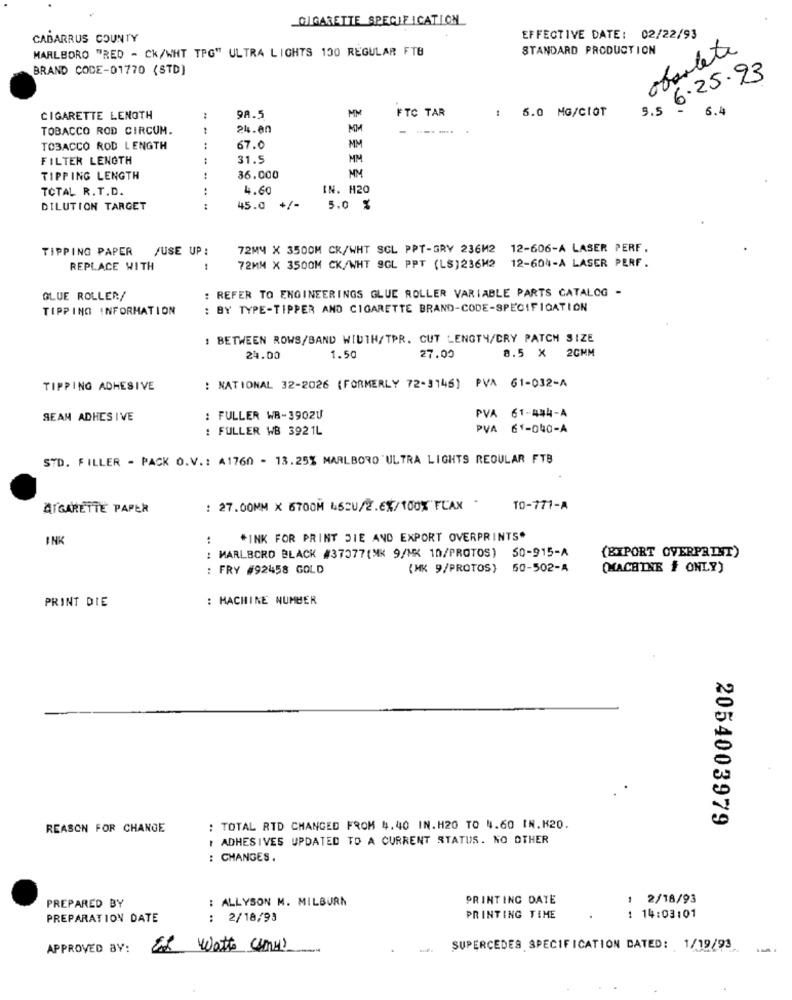
CIGARETTE SPECIFICATION
CABARRUS COUNTY
EFFECTIVE DATE: 02/22/93
MARLBORO "RED - CK/WHT TPG" ULTRA LIGHTS 130 REGULAR FTB
STANDARD PRODUCTION
obsolete
BRAND CODE-01770 (STD]
3. 5 6.25.93
FTC TAR
: 6.0 MG/CIOT
6.6
CIGARETTE LENGTH
98.5
MM
TOBACCO ROD CIRCUM.
24.00
TOBACCO ROD LENGTH
67.0
MM
FILTER LENGTH
31.5
MM
TIPPING LENGTH
36.000
MM
TOTAL R.T.D.
4.60
IN. H20
DILUTION TARGET
45.0 +/-
5.0 %
TIPPING PAPER
/USE UP :
72MM X 3500M CK/WHT SCL PPT-GRY 236M2 12-606-A LASER PERF.
72MM X 3500M CK/WHT 9GL PPT (LS]236M2 12-604-A LASER PERF.
REPLACE WITH
: REFER TO ENGINEERINGS GLUE ROLLER VARIABLE PARTS CATALOG -
GLUE ROLLEN/
TIPPING INFORMATION
: BY TYPE-TIPPER AND CIGARETTE BRAND-CODE-SPECIFICATION
: BETWEEN ROWS/BAND WIDTH/TPR. CUT LENGTH/CRY PATCH SIZE
24.00
1.50
27.00
8.5 × 20MM
TIPPING ADHESIVE
: NATIONAL 32-2026 (FORMERLY 72-3146) PVA 61-032-A
SEAN ADHESIVE
: FULLER WB-3902U
PVA 61-444-A
: FULLER WB 392 1L
PVA 61-040-A
STD. FILLER - PACK O.V .: A1760 - 13.25% MARLBORO ULTRA LIGHTS REGULAR FTB
ATGARETTE PAPER
: 27.00MM X 6700M 4SCU/2.EX/100%"FLAX
TO-771-A
INK
:
*INK FOR PRINT DIE AND EXPORT OVERPRINTS"
: MARLBORO BLACK #37077(MK 9/MX 10/PROTOS) 50-915-A
(EXPORT OVERPRINT)
: FRY #92458 GOLD
(MK 9/PROTOS) 50-502-A
(MACHINE , ONLY)
: MACHINE NUMBER
PRINT DIE
2054003979
REASON FOR CHANGE
: TOTAL RTD CHANGED FROM 4.40 IN.H20 TO 4.60 IN.K20.
I ADHESIVES UPDATED TO A CURRENT STATUS. NO OTHER
: CHANGES.
: ALLYSON M. MILBURN
PRINTING DATE
1 2/18/93
PREPARED BY
PREPARATION DATE
: 2/18/93
PRINTING TIME
: 14:03:01
APPROVED BY:
Ex Watt (ny)
..... SUPERCEDES SPECIFICATION DATED: 1/19/93